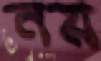
নয়